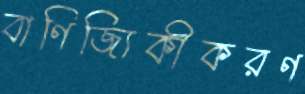
বাণিজ্যিকীকরণ